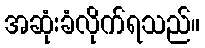
အဆုံးခံလိုက်ရသည်။